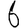
Digit: 6